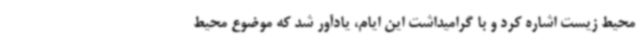
محیط زیست اشاره کرد و با گرامیداشت این ایام، یادآور شد که موضوع محیط